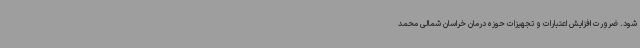
شود. ضرورت افزایش اعتبارات و تجهیزات حوزه درمان خراسان شمالی محمد